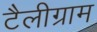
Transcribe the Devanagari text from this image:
टैलीग्राम